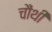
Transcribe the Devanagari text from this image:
चौंथी